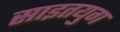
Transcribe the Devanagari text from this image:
साइतयुग